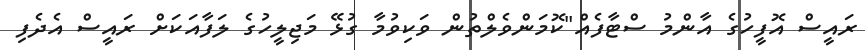
ރައީސް އޮފީހުގެ އާންމު ސްޓާފެއް"ކޮމަންވެލްތުން ވަކިވުމާ ގުޅޭ މަޖިލީހުގެ ލަފާއަކަށް ރައީސް އެދެފި